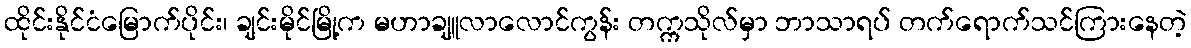
ထိုင်းနိုင်ငံမြောက်ပိုင်း၊ ချင်းမိုင်မြို့က မဟာချူလာလောင်ကွန်း တက္ကသိုလ်မှာ ဘာသာရပ် တက်ရောက်သင်ကြားနေတဲ့